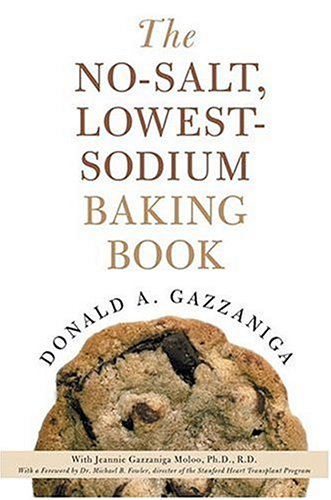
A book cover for The No-Salt, Lowest-Sodium Baking Book; Donald Gazzaniga; Cookbooks, Food & Wine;